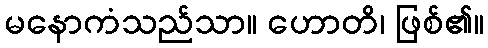
မနောကံသည်သာ။ ဟောတိ၊ ဖြစ်၏။